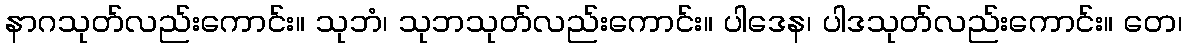
နာဂသုတ်လည်းကောင်း။ သုဘံ၊ သုဘသုတ်လည်းကောင်း။ ပါဒေန၊ ပါဒသုတ်လည်းကောင်း။ တေ၊